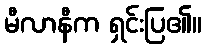
မီလာနီက ရှင်းပြ၏။